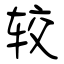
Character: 较